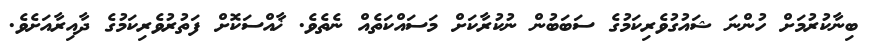
ބިނާކުރުމަށް ހުންނަ ޝައުގުވެރިކަމުގެ ސަބަބުން ނުކުރާކަށް މަސައްކަތެއް ނެތެވެ. ޚާއްސަކޮށް ފަތުރުވެރިކަމުގެ ދާއިރާއަށެވެ.